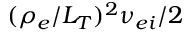
( \rho _ { e } / L _ { T } ) ^ { 2 } \nu _ { e i } / 2